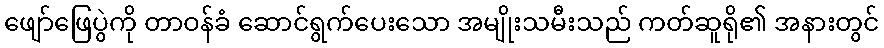
ဖျော်ဖြေပွဲကို တာဝန်ခံ ဆောင်ရွက်ပေးသော အမျိုးသမီးသည် ကတ်ဆူရို၏ အနားတွင်